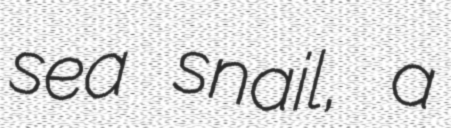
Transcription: sea snail, a